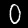
Digit: 0